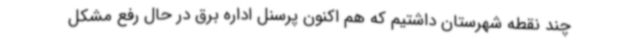
چند نقطه شهرستان داشتیم که هم اکنون پرسنل اداره برق در حال رفع مشکل